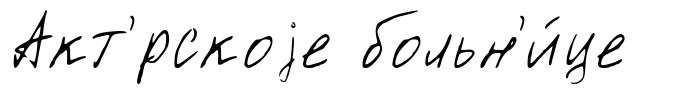
Акт'́рскоjе больн'и́це